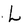
Character: L